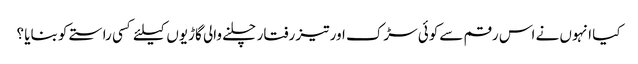
کیا انہوں نے اس رقم سےکوئی سڑک اور تیز رفتار چلنے والی گاڑیوں کیلئے کسی راستے کو بنایا ؟